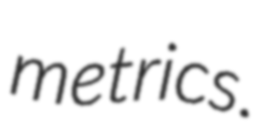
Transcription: metrics.